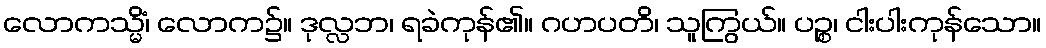
လောကသ္မိံ၊ လောက၌။ ဒုလ္လဘ၊ ရခဲကုန်၏။ ဂဟပတိ၊ သူကြွယ်။ ပဉ္စ၊ ငါးပါးကုန်သော။